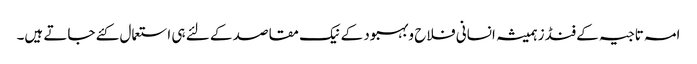
امہ تاجیہ کے فنڈز ہمیشہ انسانی فلاح وبہبود کے نیک مقاصد کے لئے ہی استعمال کئے جاتے ہیں۔